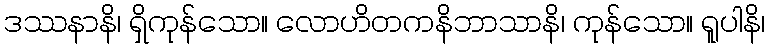
ဒဿနာနိ၊ ရှိကုန်သော။ လောဟိတကနိဘာသာနိ၊ ကုန်သော။ ရူပါနိ၊